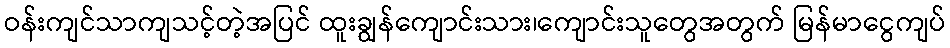
ဝန်းကျင်သာကျသင့်တဲ့အပြင် ထူးချွန်ကျောင်းသား၊ကျောင်းသူတွေအတွက် မြန်မာငွေကျပ်